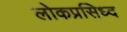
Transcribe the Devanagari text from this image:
लोकप्रसिध्द